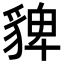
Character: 貏